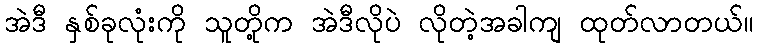
အဲဒီ နှစ်ခုလုံးကို သူတို့က အဲဒီလိုပဲ လိုတဲ့အခါကျ ထုတ်လာတယ်။